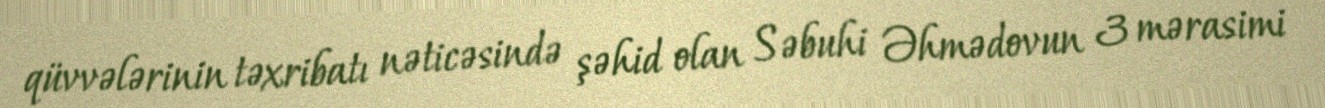
qüvvələrinin təxribatı nəticəsində şəhid olan Səbuhi Əhmədovun 3 mərasimi